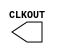
module RCOSC_1MHZ ( 
  CLKOUT );

/* synthesis syn_black_box */
/* synthesis syn_noprune=1 */

output CLKOUT;

endmodule

module RCOSC_25_50MHZ ( 
  CLKOUT );

/* synthesis syn_black_box */
/* synthesis syn_noprune=1 */

output CLKOUT;

parameter FREQUENCY = 50.0;

endmodule

module XTLOSC ( 
  CLKOUT,
  XTL );

/* synthesis syn_black_box */
/* synthesis syn_noprune=1 */
/* synthesis black_box_pad_pin ="XTL" */

output CLKOUT;
input XTL;

parameter MODE = 'h3;
parameter FREQUENCY = 20.0;

endmodule

module RCOSC_1MHZ_FAB ( 
  CLKOUT,
  A );

/* synthesis syn_black_box */
/* synthesis syn_noprune=1 */

output CLKOUT;
input A;

endmodule

module RCOSC_25_50MHZ_FAB ( 
  CLKOUT,
  A );

/* synthesis syn_black_box */
/* synthesis syn_noprune=1 */

output CLKOUT;
input A;

endmodule

module XTLOSC_FAB ( 
  CLKOUT,
  A );

/* synthesis syn_black_box */
/* synthesis syn_noprune=1 */

output CLKOUT;
input A;

endmodule